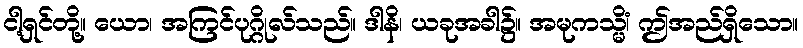
ငါ့ရှင်တို့။ ယော၊ အကြင်ပုဂ္ဂိုလ်သည်။ ဒါနိ၊ ယခုအခါ၌။ အမုကသ္မိံ၊ ဤအည်ရှိသော။